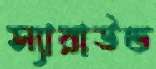
স্যারাউন্ড